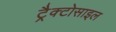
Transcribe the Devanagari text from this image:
ट्रैक्टोसाइल